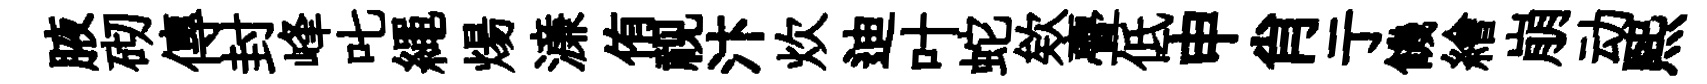
腋砌傳封峰叱繩煬濓侑视汴炊迪叶蛇欸亹低申肖亍饑繪崩动熙